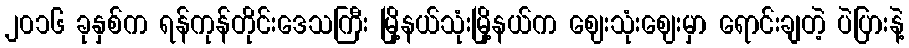
၂၀၁၆ ခုနှစ်က ရန်ကုန်တိုင်းဒေသကြီး မြို့နယ်သုံးမြို့နယ်က ဈေးသုံးဈေးမှာ ရောင်းချတဲ့ ပဲပြားနဲ့